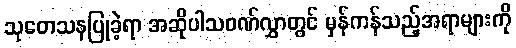
သုတေသနပြုခဲ့ရာ အဆိုပါသဝဏ်လွှာတွင် မှန်ကန်သည့်အရာများကို